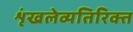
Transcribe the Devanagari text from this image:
शृंखलेव्यतिरिक्त